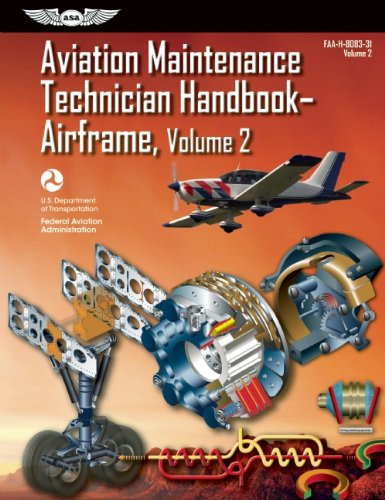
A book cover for Aviation Maintenance Technician HandbookEEAirframe: FAA-H-8083-31 Volume 2 (FAA Handbooks series); Federal Aviation Administration (FAA)/Aviation Supplies & Academics (ASA); Engineering & Transportation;